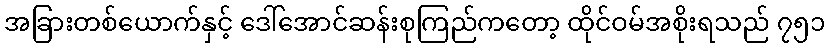
အခြားတစ်ယောက်နှင့် ဒေါ်အောင်ဆန်းစုကြည်ကတော့ ထိုင်ဝမ်အစိုးရသည် ၇၅၁